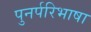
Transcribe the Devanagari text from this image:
पुनर्परिभाषा